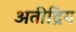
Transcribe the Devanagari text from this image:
अतीद्रिय